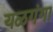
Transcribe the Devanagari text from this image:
यळगंगा